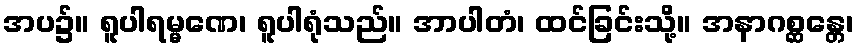
အပ၌။ ရူပါရမ္မဏေ၊ ရူပါရုံသည်။ အာပါတံ၊ ထင်ခြင်းသို့။ အနာဂစ္ဆန္တေ၊